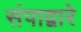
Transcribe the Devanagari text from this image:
संपाद्वारे